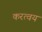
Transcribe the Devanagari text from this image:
करत्वय